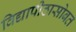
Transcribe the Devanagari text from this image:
विद्यापीठासोबत